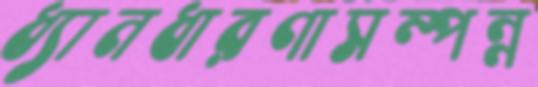
ধ্যানধারণাসম্পন্ন